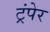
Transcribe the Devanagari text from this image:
ट्रंपेर